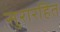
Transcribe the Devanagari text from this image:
सुरारहित